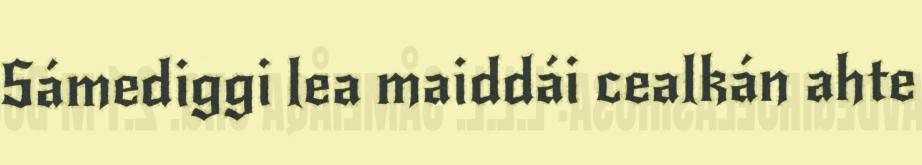
Sámediggi lea maiddái cealkán ahte